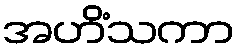
အဟိံသကာ